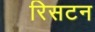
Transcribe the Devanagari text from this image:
रिसटन